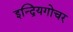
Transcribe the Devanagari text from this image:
इन्द्रियगोचर